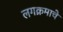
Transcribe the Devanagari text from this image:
लगक्रमाचे